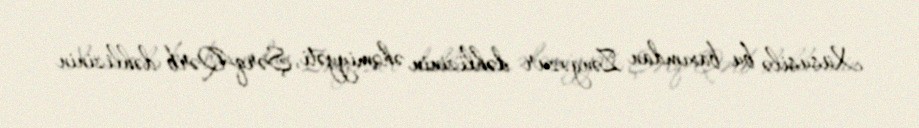
Xüsusilə bu baxımdan Zəngəzur dəhlizinin əhəmiyyəti, Şərq-Qərb dəhlizinin